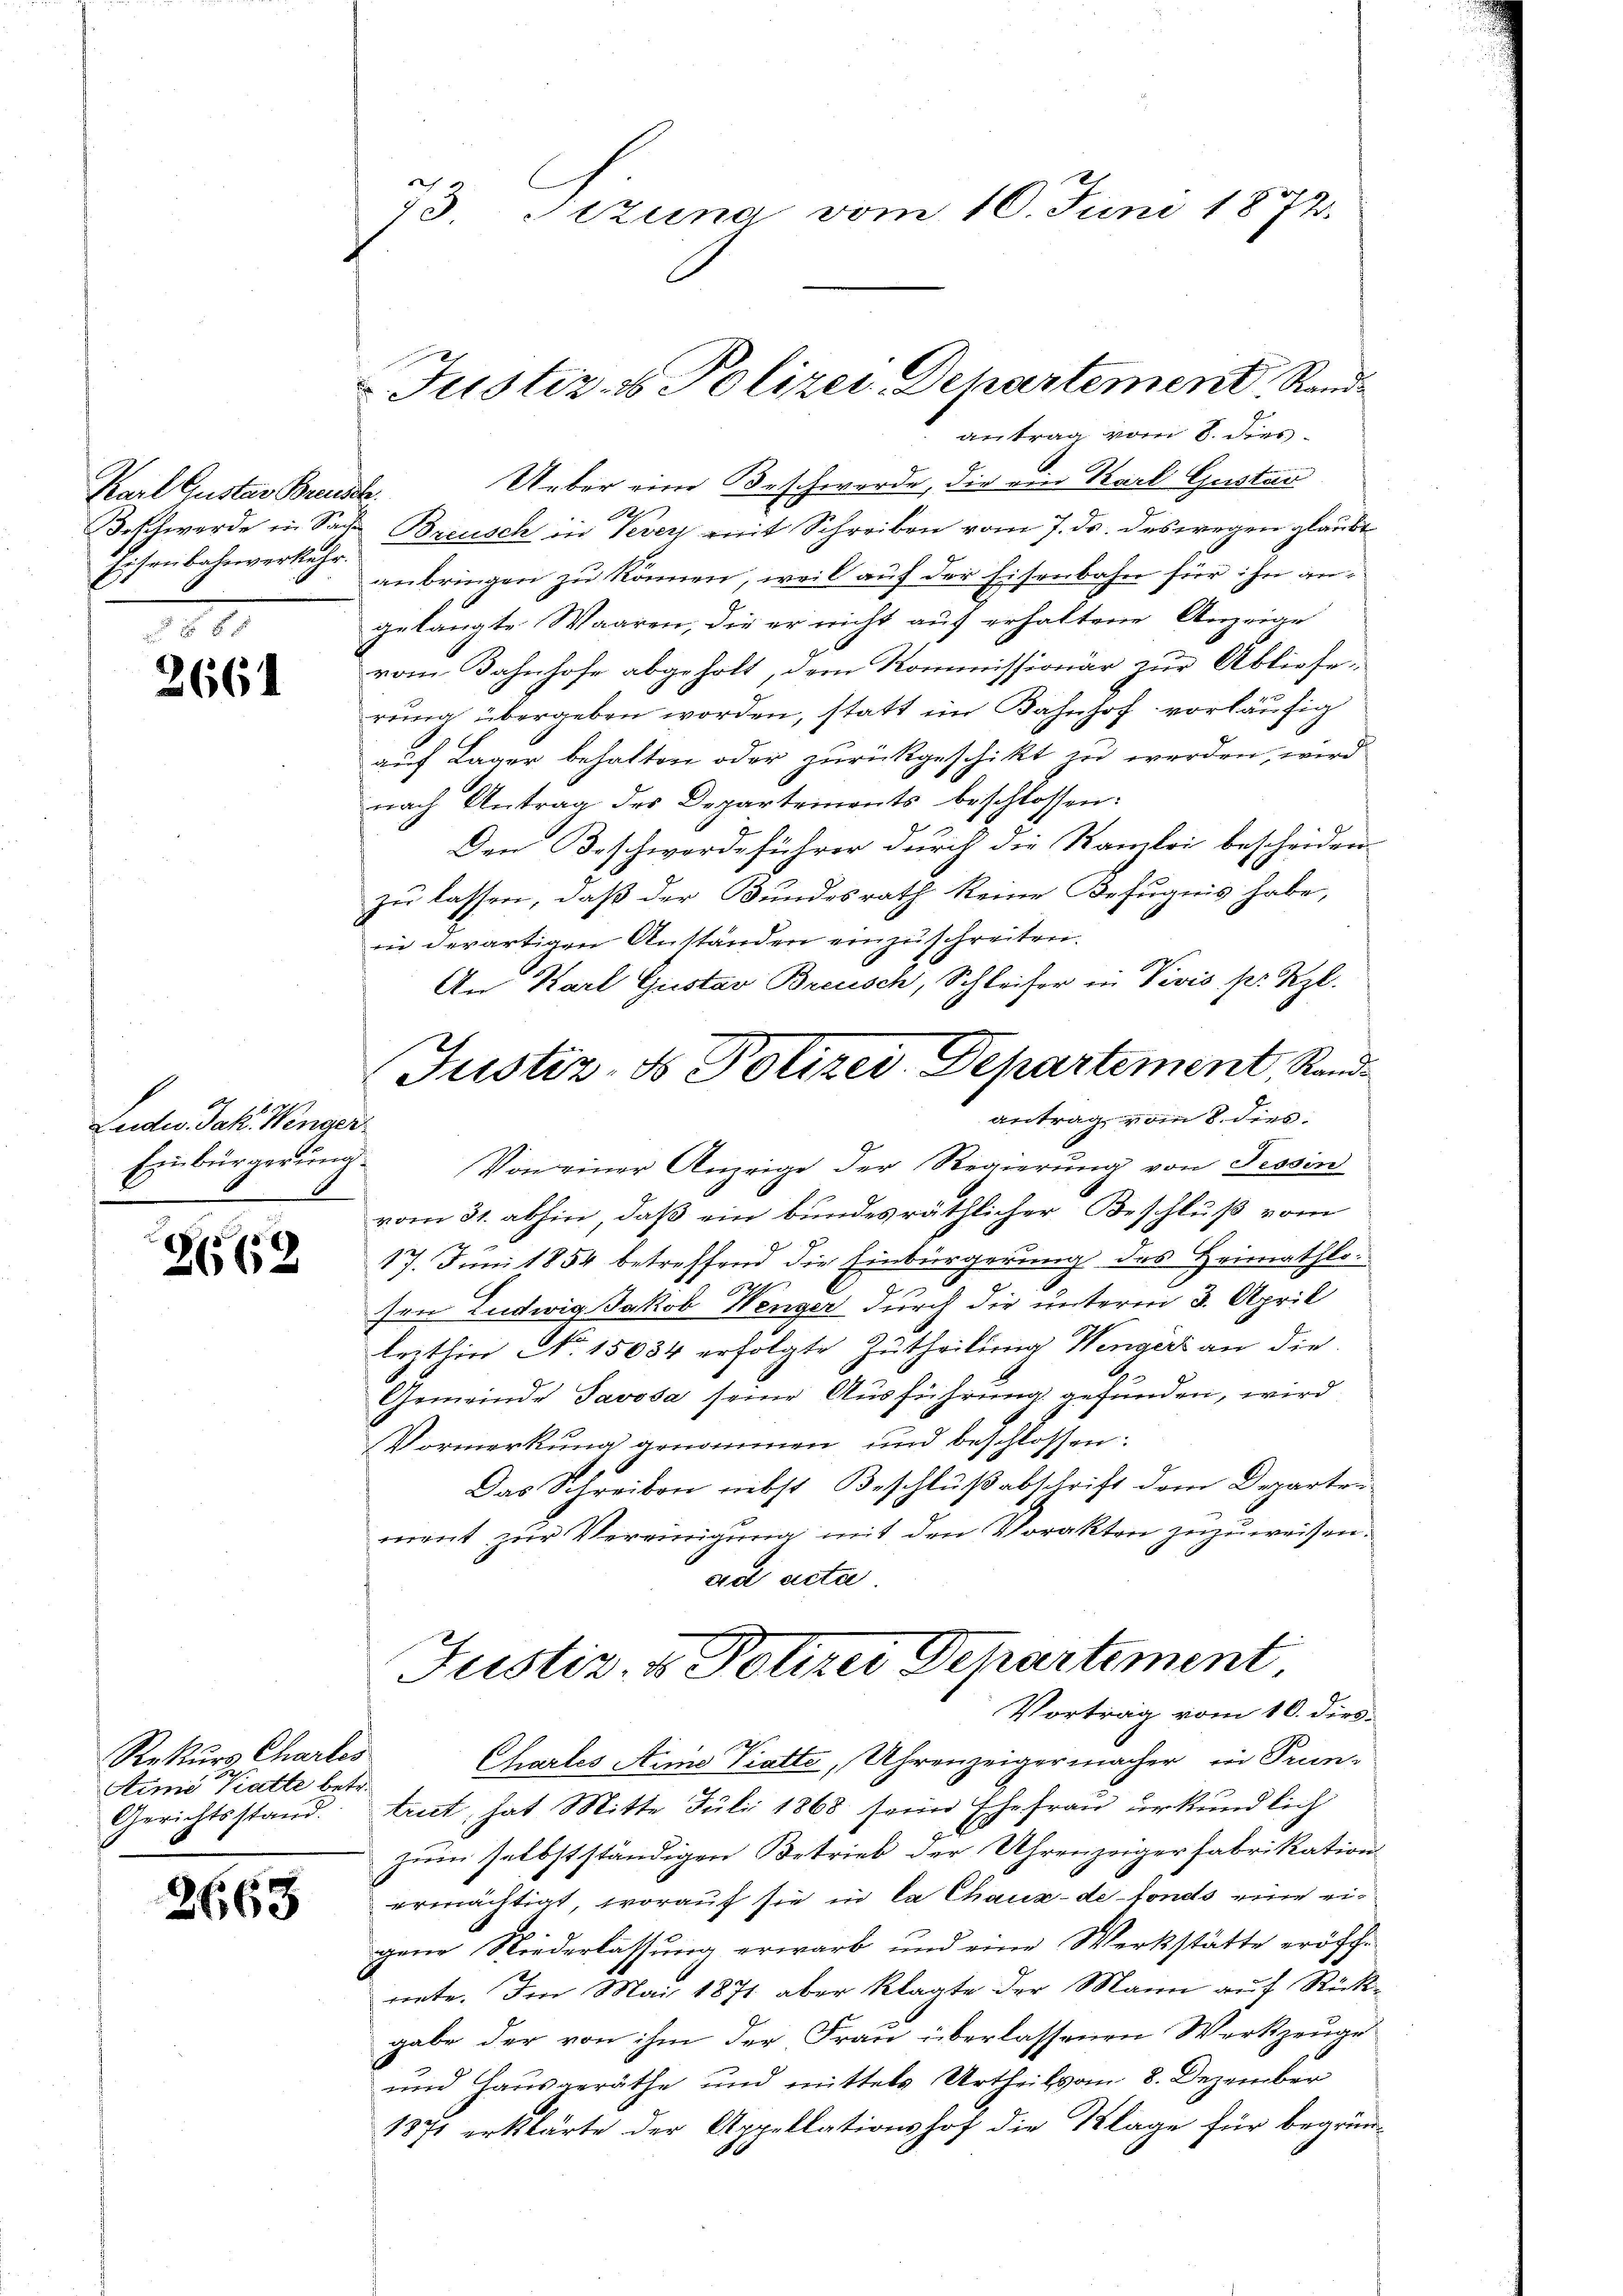
Karl Gustav Breuse
Beschwerde in Sache
Eisenbahnverkehr.

2661

Leder Jak. Wenger

262

Rekurs Charles
Aimi Katte betr.
Gerichtsstand.

2668

e
73. Sizung vom 10. Juni 1872

Justiz- & Polizei Departement, Rande
antrag vom 8. dies

Ueber eine Beschwerde, die die Karl Gustan
t
Breusch in Vevey mit Schreiben vom 7. ds. deswegen glaubt
anbringen zu können, weil auf der Eisenbahn für ihn an
gelangte Waaren, die er nicht auf erhaltene Anzeige
vom Bahnhofe abgeholt, dem Kommissionär zur Ablieferung übergeben worden, statt im Bahnhof vorläufig
auf Lager behalten oder zurückgeschikt zu werden, wird
nach Antrag des Departements beschlossen:
Den Beschwerdeführer durch die Samlei bescheiden
zu lassen, daß der Bundesrath keine Befugnis habe,
in derartigen Anständen einzuschreiten.
An Karl Gustav Breusch, Schleifer in Vivis pr Rzl.
Einbürgerung. Von einer Anzeige der Regierŭng von Tessin
vom 31. abhin, daß ein bundesräthlicher Beschluß vom
17. Juni 1854 betreffend die Einbürgerung des Heimathlo¬
129
s
sen Ludwig Jakob Wenger durch die unterm 3. April
lezthin No. 15034 erfolgte Zutheilung Wengers an die
Gemeinde Javosa seine Ausführung gefunden, wird
VVormerkung genommen und beschlossen:
Das Schreiben nebst Beschlußabschrift dem Departen
ment zur Vereinigung mit den Vorakten zuzuweisen.
ad acta
Justiz- & Polizei Departement
Vortrag vom 10. dies
Chartes Arme Vatte, Uhrenzeigermacher in Prin-
trat, hat Mitte Juli 1868 seine Ehefrau urkundlich
zum selbstständigen Betrieb der Uhrenzeiger Fabrikation
ermächtigt, worauf sie in la Chaux-de-Fonds eine eigene Niederlassung erwarb und eine Werkstätte eröffnete. Im Mai 1871 aber klagte der Mann auf Rückgabe der von ihm der Frau überlassenen Werkzeuge
und Hausgeräthe und mittels Urtheil vom 8. Dezember
1871 erklärte der Appellationshof die Klage für begrün¬

Justiz- & Polizei Departement, Randantrag, vom 8. dies